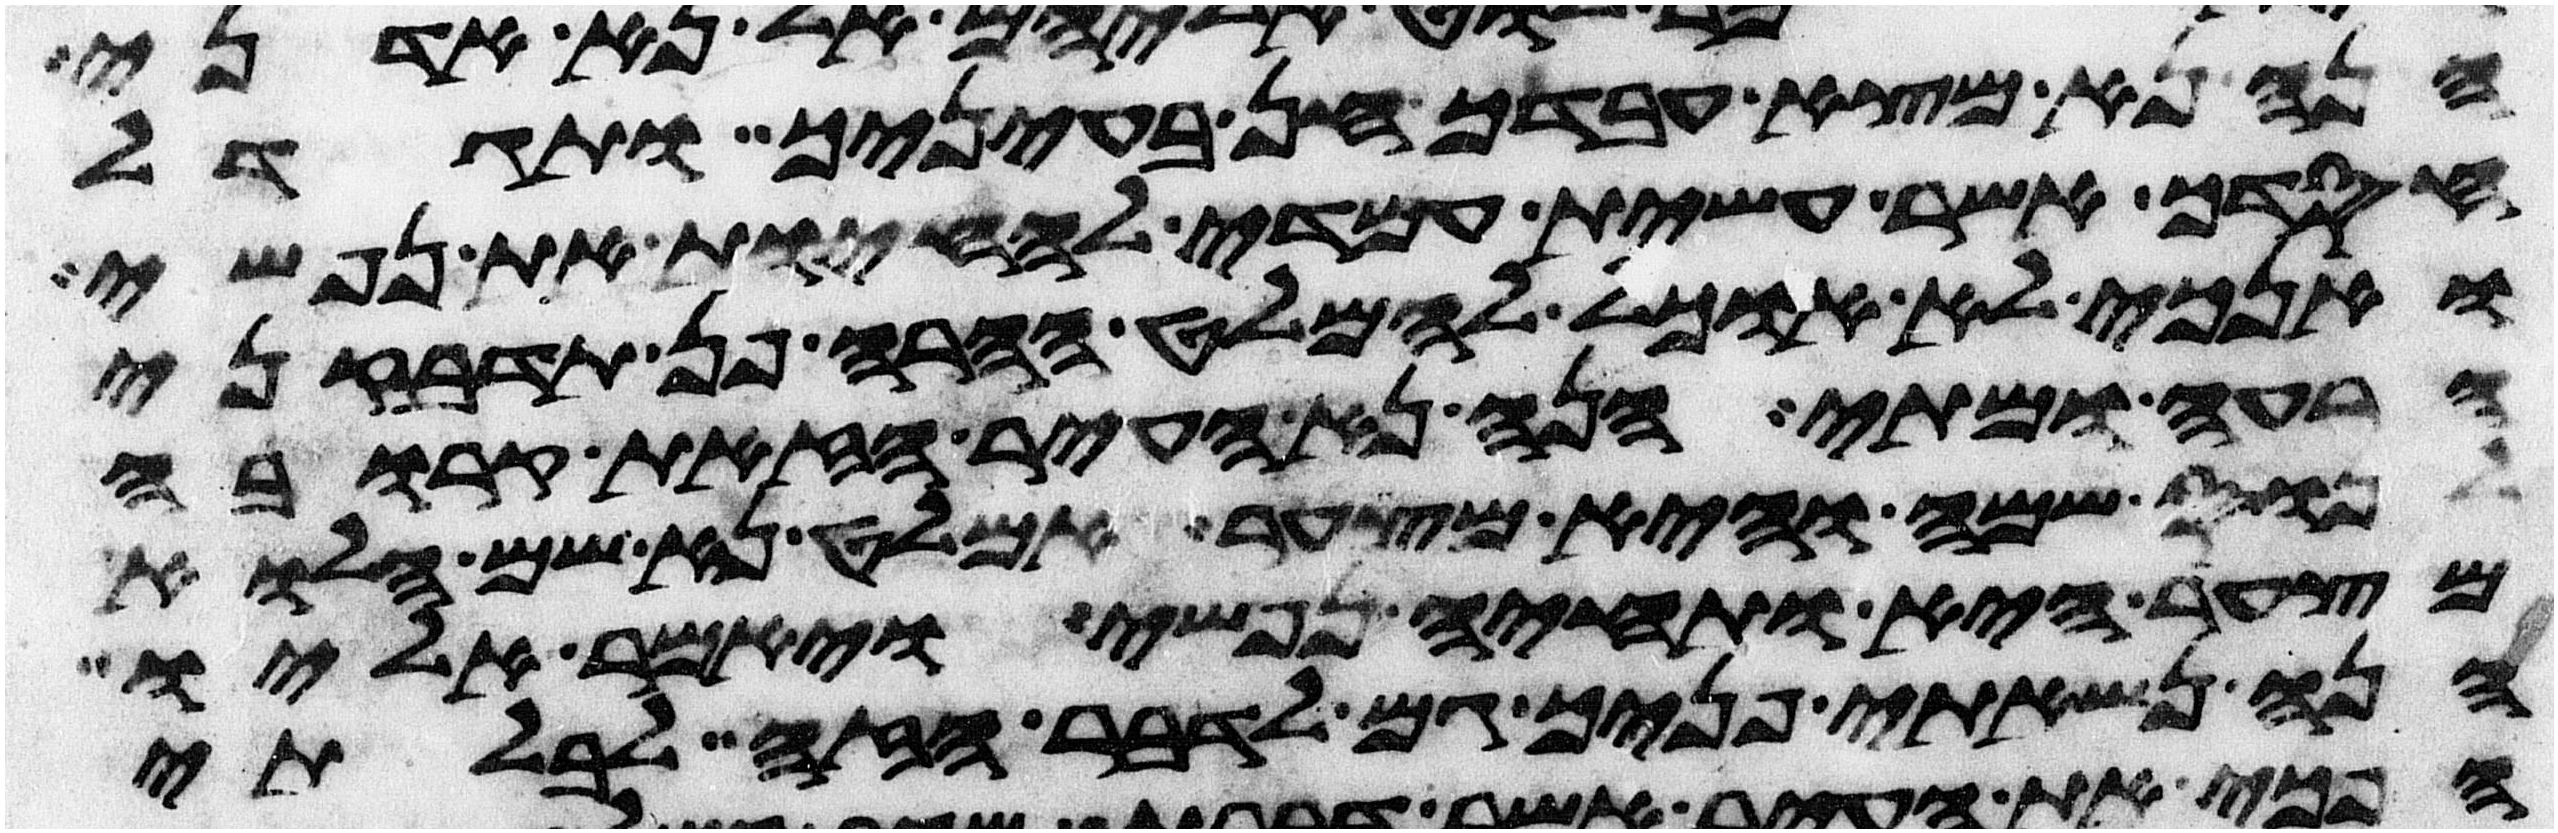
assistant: הנה נא מצא עבדך חן בעיניך ותגדל
חסדך אשר עשית עמדי להחיות את נפשי
ואנכי לא אוכל להמלט ההרה פן תדבקני
הרעה ומתי הנה נא העיר הזאת קרובה
לנוס שמה והיא מצער אמלט נא שמה הלוא
מצער היא ותחיה נפשי ויאמר אליו
הנה נשאתי פניך גם לדבר הזה לבלתי